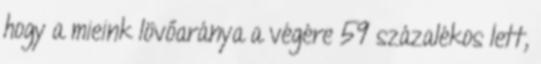
hogy a mieink lövőaránya a végére 59 százalékos lett,